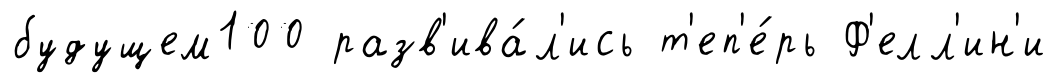
будущем100 разв'ива́л'ись т'еп'е́рь Ф'елл'ин'и